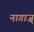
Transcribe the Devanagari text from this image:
नागाज्